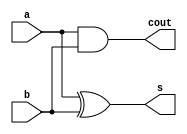
module ha(a,b,s,cout);
input a,b;
output s,cout;

xor b1(s,a,b);
and(cout,a,b);

endmodule